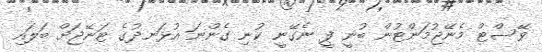
ވޭސްޓް މެނޭޖުމަންޓުން ބުނީ ފީ ނެގޭނީ ކުނި ގެންނަ އުޅަނދުގެ ޓަނޭޖަށް ބަލައި